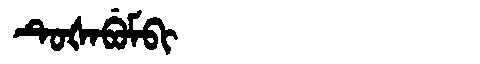
Manchu: ᡨᡠᡧᠠᠪᡠᠮᠪᡳ
Romanization: TUŠABUMBI